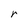
Character: r